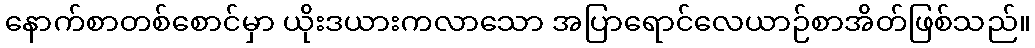
နောက်စာတစ်စောင်မှာ ယိုးဒယားကလာသော အပြာရောင်လေယာဉ်စာအိတ်ဖြစ်သည်။